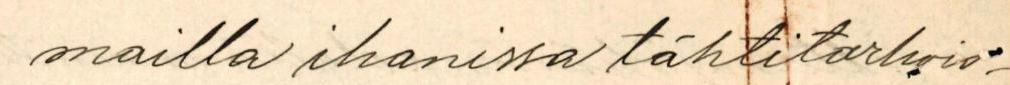
mailla ihanissa tähtitarhois-